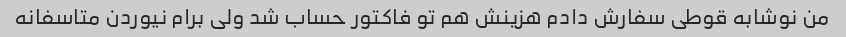
من نوشابه قوطی سفارش دادم هزینش هم تو فاکتور حساب شد ولی برام نیوردن متاسفانه